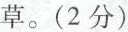
小草。(2分)